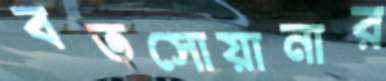
বতসোয়ানার